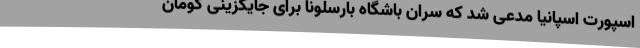
اسپورت اسپانیا مدعی شد که سران باشگاه بارسلونا برای جایگزینی کومان